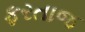
ફરતાજ